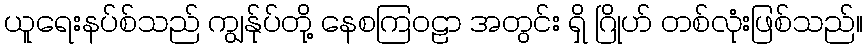
ယူရေးနပ်စ်သည် ကျွန်ုပ်တို့ နေစကြဝဠာ အတွင်း ရှိ ဂြိုဟ် တစ်လုံးဖြစ်သည်။